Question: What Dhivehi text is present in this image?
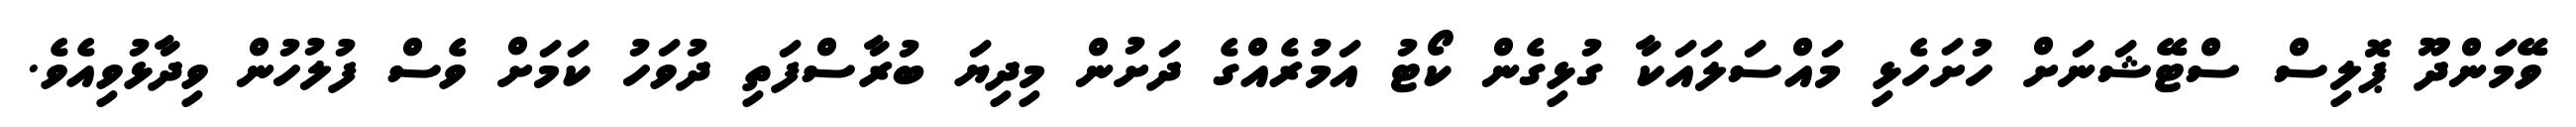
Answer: ވޭމަންދޫ ޕޮލިސް ސްޓޭޝަނަށް ހުށަހެޅި މައްސަލައަކާ ގުޅިގެން ކޯޓު އަމުރެއްގެ ދަށުން މިދިޔަ ބުރާސްފަތި ދުވަހު ކަމަށް ވެސް ފުލުހުން ވިދާޅުވިއެވެ.